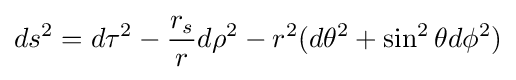
ds^{2}=d\tau ^{2}-{\frac {r_{s}}{r}}d\rho ^{2}-r^{2}(d\theta ^{2}+\sin ^{2}\theta d\phi ^{2})